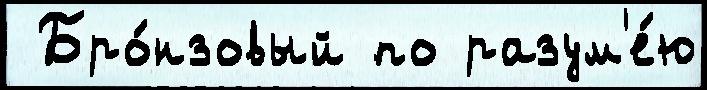
 Бро́нзовый по разум'е́ю